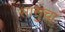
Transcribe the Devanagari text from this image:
सासुचा